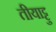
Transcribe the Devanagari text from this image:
तीयाट्टु